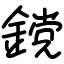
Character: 鎲